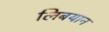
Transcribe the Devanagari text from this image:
लिबयान